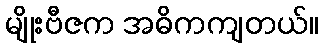
မျိုးဗီဇက အဓိကကျတယ်။